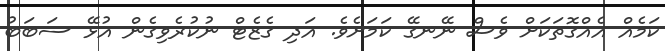
ކަމެއް އެއްގޮތަކަށް ވެސް ނޭނގޭ ކަމަށެވެ. އަދި ގެޒެޓް ނުކުރެވިގެން އުޅޭ ސަބަބު